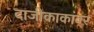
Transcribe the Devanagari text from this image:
दाजीकाकांवर